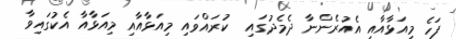
ފަހެ މިއަޅާއާއި އެއުރެންނާ ދެމެދުގައި  ކުރައްވައި މިއަޅާއާއި މިއަޅާއާ އެކުގައިވާ